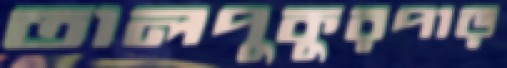
তালপুকুরপাড়